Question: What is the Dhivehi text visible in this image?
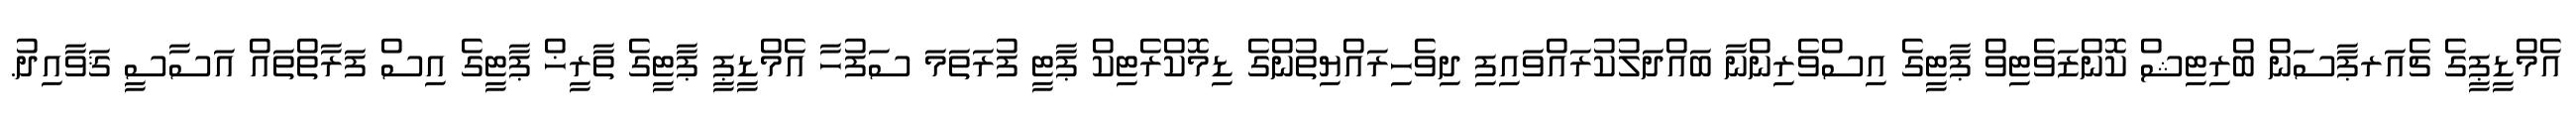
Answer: އެމްޑީޕީގެ ޗެއަރޕާސަން ބްރިޓިޝް ކޮންޒަވެޓިވް ޕާޓީގެ އިސްވެރިންނާ ބައްދަލުކުރައްވައިފި ދިވެހިރައްޔިތުންގެ ޑިމޮކްރެޓިކް ޕާޓީ ފުރަތަމަ ސަފުހާ އެމްޑީޕީ ޕާޓީގެ ތާރީޚް ޕާޓީގެ އިސް ފަރާތްތައް އަސާސީ ޤަވާއިދު.